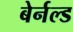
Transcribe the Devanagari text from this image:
बेर्नल्ड